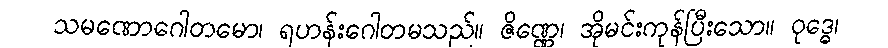
သမဏောဂေါတမော၊ ရဟန်းဂေါတမသည်။ ဇိဏ္ဏေ၊ အိုမင်းကုန်ပြီးသော။ ဝုဒ္ဓေ၊